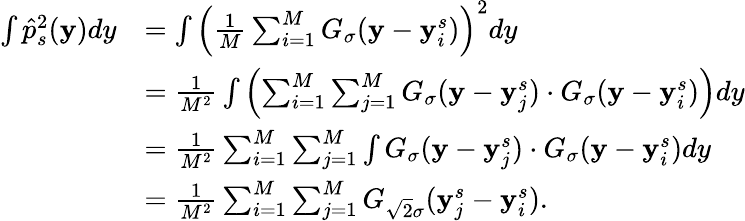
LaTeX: \begin{array}{rl}{\int\hat{p}_{s}^{2}(\mathbf{y})dy}&{=\int\left(\frac{1}{M}\sum_{i=1}^{M}G_{\sigma}(\mathbf{y}-\mathbf{y}_{i}^{s})\right)^{2}dy}\\ &{=\frac{1}{M^{2}}\int\left(\sum_{i=1}^{M}\sum_{j=1}^{M}G_{\sigma}(\mathbf{y}-\mathbf{y}_{j}^{s})\cdot G_{\sigma}(\mathbf{y}-\mathbf{y}_{i}^{s})\right)dy}\\ &{=\frac{1}{M^{2}}\sum_{i=1}^{M}\sum_{j=1}^{M}\int G_{\sigma}(\mathbf{y}-\mathbf{y}_{j}^{s})\cdot G_{\sigma}(\mathbf{y}-\mathbf{y}_{i}^{s})dy}\\ &{=\frac{1}{M^{2}}\sum_{i=1}^{M}\sum_{j=1}^{M}G_{\sqrt{2}\sigma}(\mathbf{y}_{j}^{s}-\mathbf{y}_{i}^{s}).}\end{array}